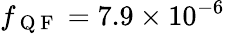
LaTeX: f_{\mathrm{~Q~F~}}=7.9\times 10^{-6}